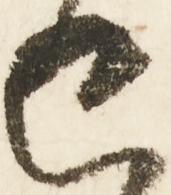
已